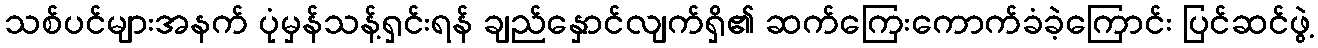
သစ်ပင်များအနက် ပုံမှန်သန့်ရှင်းရန် ချည်နှောင်လျက်ရှိ၏ ဆက်ကြေးကောက်ခံခဲ့ကြောင်း ပြင်ဆင်ဖွဲ့